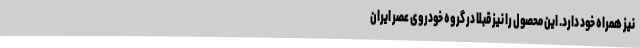
نیز همراه خود دارد. این محصول را نیز قبلا در گروه خودروی عصر ایران